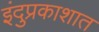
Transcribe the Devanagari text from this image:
इंदुप्रकाशात